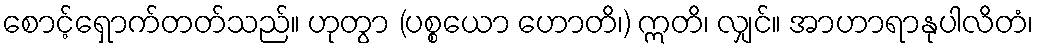
စောင့်ရှောက်တတ်သည်။ ဟုတွာ (ပစ္စယော ဟောတိ၊) ဣတိ၊ လျှင်။ အာဟာရာနုပါလိတံ၊